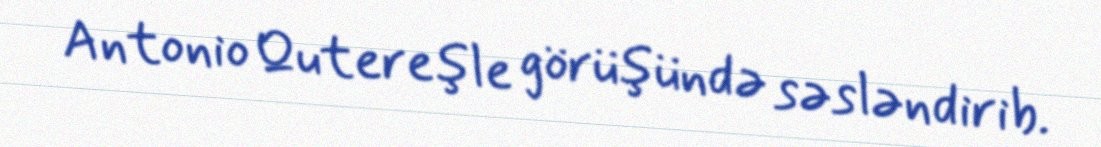
Antonio Qutereşle görüşündə səsləndirib.